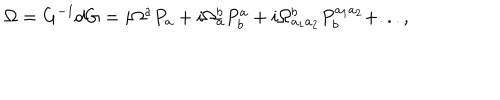
\Omega = G ^ { - 1 } d G = i \Omega ^ { a } P _ { a } + i \Omega _ { a } ^ { b } P _ { b } ^ { a } + i \Omega _ { a _ { 1 } a _ { 2 } } ^ { b } P _ { b } ^ { a _ { 1 } a _ { 2 } } + . . . ,